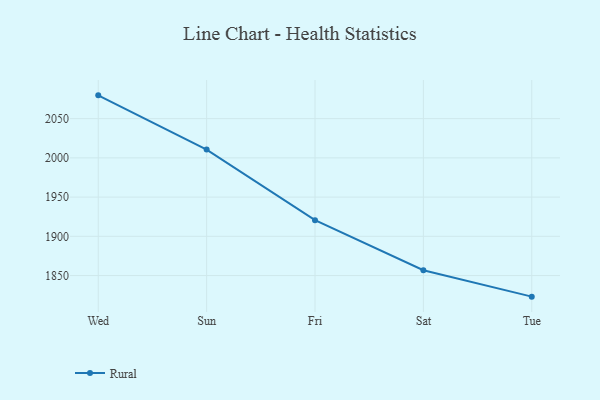
{"axis": {"x": "Day", "y": "LTV (USD)"}, "legend": ["Rural"], "data": [{"x": "Wed", "y": 2079.7, "type": "Rural"}, {"x": "Sun", "y": 2010.6, "type": "Rural"}, {"x": "Fri", "y": 1920.6, "type": "Rural"}, {"x": "Sat", "y": 1856.8, "type": "Rural"}, {"x": "Tue", "y": 1823.1, "type": "Rural"}]}